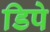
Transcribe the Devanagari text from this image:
डिपे